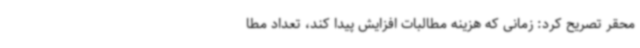
محقر تصریح کرد: زمانی که هزینه مطالبات افزایش پیدا کند، تعداد مطا